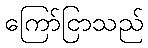
ကြော်ငြာသည်